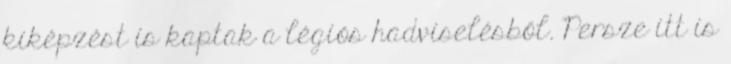
kiképzést is kaptak a légiós hadviselésből. Persze itt is